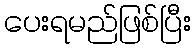
ပေးရမည်ဖြစ်ပြီး